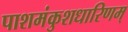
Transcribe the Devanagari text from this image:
पाशमंकुशधारिणम्